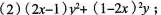
(2) $$( 2x-1 ) y^{ 2 }+( 1-2x )^{2} y$$；